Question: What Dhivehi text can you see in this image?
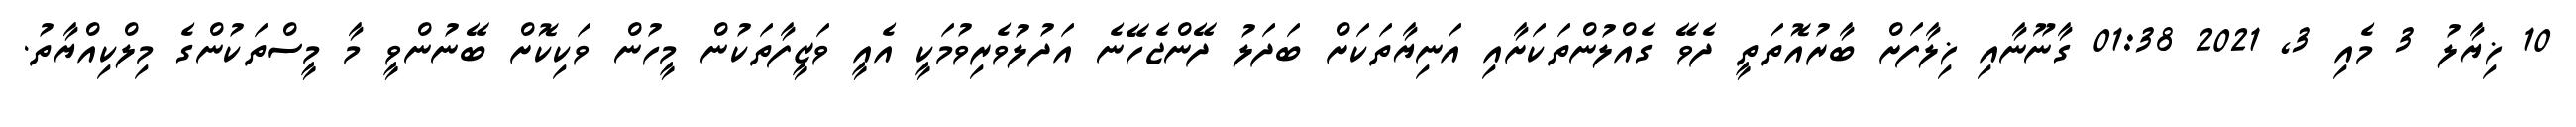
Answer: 10 ޚިޔާލު 3 މެއި 3, 2021 01:38 ގާނޫނާއި ޚިލާފަށް ބާރުއޮތަތީ ދެވޭ ގެއްލުންތަކަށާއި އަނިޔާތަކަށް ބަދަލު ދޭންޖެހޭނެ އަދުލުވެރިވުމަކީ އެއީ ވަޒީފާތަކުން މީހުން ވަކިކޮށް ބޭނުންވީ މާ މީސްތަކުންގެ މިލްކިއްޔާތު.